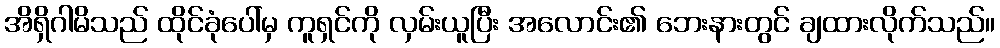
အိရှိဂါမိသည် ထိုင်ခုံပေါ်မှ ကူရှင်ကို လှမ်းယူပြီး အလောင်း၏ ဘေးနားတွင် ချထားလိုက်သည်။